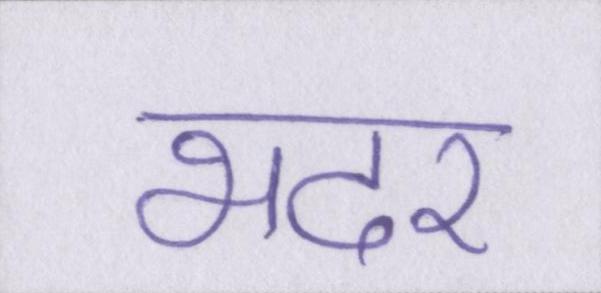
भदर